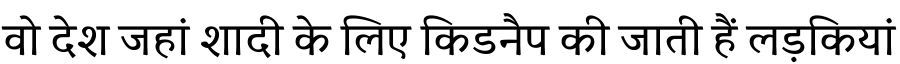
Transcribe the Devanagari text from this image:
वो देश जहां शादी के लिए किडनैप की जाती हैं लड़कियां